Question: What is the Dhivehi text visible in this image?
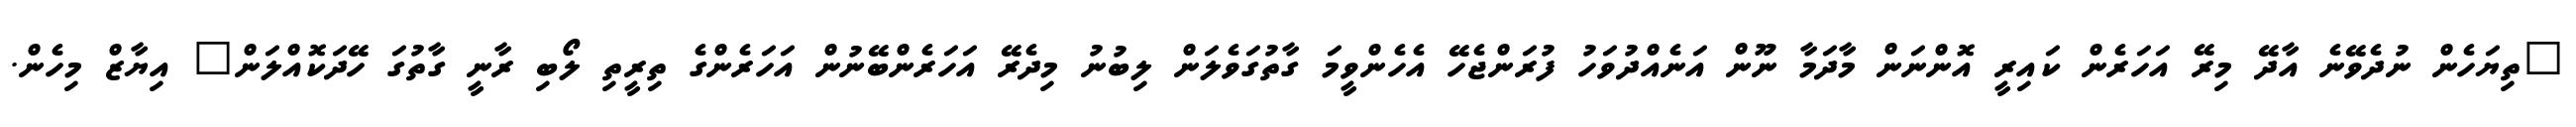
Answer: "ތިޔަހެން ނުދެވޭނެ އާދޭ މިރޭ އަހަރެން ކައިރީ އޮންނަން މާދަމާ ނޫން އަނެއްދުވަހު ފުރަންޖެހޭ އެހެންވީމަ ގާތުގަވެލަން ލިބުނު މިދެރޭ އަހަރެންބޭނުން އަހަރެންގެ ތިރީތި ލޯބި ރާނީ ގާތުގަ ހޭދަކޮއްލަން" އިޔާޒް މިހެން.